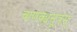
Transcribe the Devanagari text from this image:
चाणक्यसूत्रम्